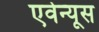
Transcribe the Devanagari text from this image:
एवेन्यूस